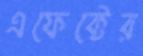
এফেক্টের